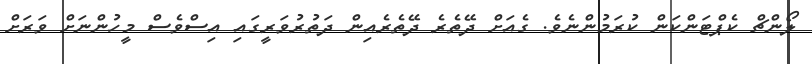
ލޯންޗް ކެޕްޓަންކަން ކުރަމުންނެވެ. ގެއަށް ދޭތެރެ ދޭތެރެއިން ދަތުރުވަރީގައި އިސްވެސް މީހުންނަށް ވަރަށް